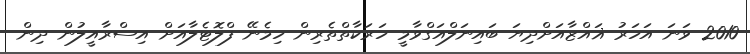
2010 ވަނަ އަހަރު ޣައްޒާއަށްދިޔަ ބައިނަލްއަގްވާމީ ހަރަކާތްތެރިން ހިމެނޭ ފްލޮޓެލާއަށް އިސްރާއީލުން ދިން